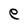
Character: e